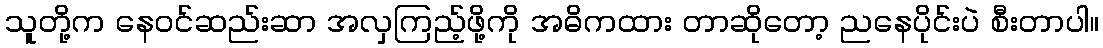
သူတို့က နေဝင်ဆည်းဆာ အလှကြည့်ဖို့ကို အဓိကထား တာဆိုတော့ ညနေပိုင်းပဲ စီးတာပါ။